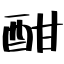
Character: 酣